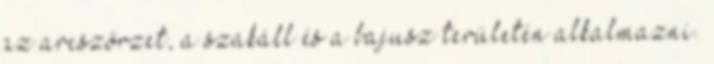
az arcszőrzet, a szakáll és a bajusz területén alkalmazni.